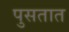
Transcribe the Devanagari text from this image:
पुसतात